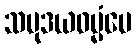
သမုဒယဓမ္မံပေ